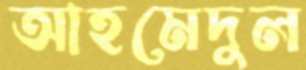
আহমেদুল